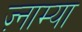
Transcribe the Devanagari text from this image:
ज़्नाम्या